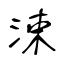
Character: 涑